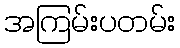
အကြမ်းပတမ်း